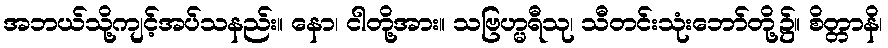
အဘယ်သို့ကျင့်အပ်သနည်း။ နော၊ ငါတို့အား။ သဗြဟ္မရီသု၊ သီတင်းသုံးဘော်တို့၌။ စိတ္တာနိ၊